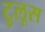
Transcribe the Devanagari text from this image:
टुलूस